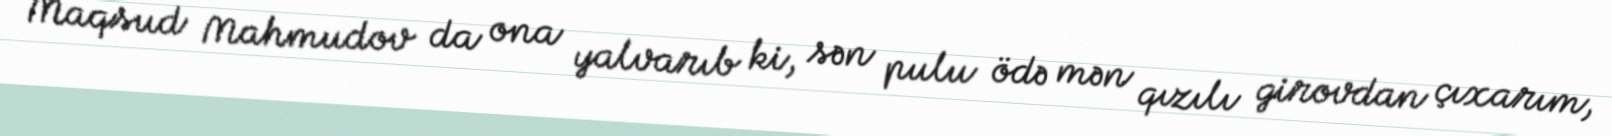
Maqsud Mahmudov da ona yalvarıb ki, sən pulu ödə mən qızılı girovdan çıxarım,